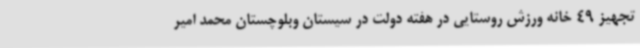
تجهیز 49 خانه ورزش روستایی در هفته دولت در سیستان وبلوچستان محمد امیر